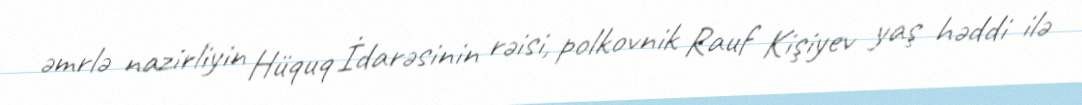
əmrlə nazirliyin Hüquq İdarəsinin rəisi, polkovnik Rauf Kişiyev yaş həddi ilə